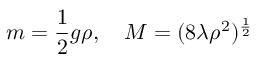
m = \frac 1 2 g \rho , \quad M = ( 8 \lambda \rho ^ { 2 } ) ^ { \frac 1 2 }